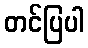
တင်ပြပါ